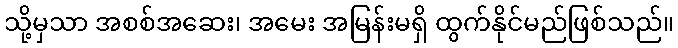
သို့မှသာ အစစ်အဆေး၊ အမေး အမြန်းမရှိ ထွက်နိုင်မည်ဖြစ်သည်။